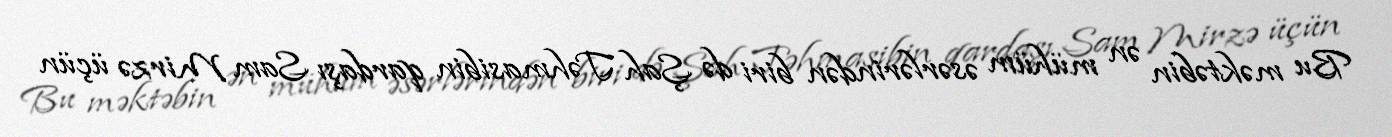
Bu məktəbin ən mühüm əsərlərindən biri də Şah Təhmasibin qardaşı Sam Mirzə üçün